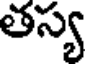
తస్య